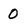
Character: O